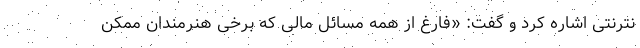
نترنتی اشاره کرد و گفت: «فارغ از همه مسائل مالی که برخی هنرمندان ممکن